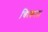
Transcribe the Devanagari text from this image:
चित्कला